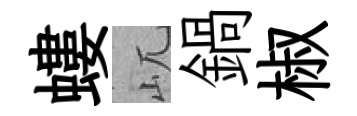
螻屼鍋椒